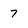
Character: 7